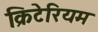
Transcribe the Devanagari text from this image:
क्रिटेरियम